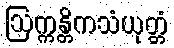
ဩက္ကန္တိကသံယုတ္တံ